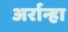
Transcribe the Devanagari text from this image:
अर्रान्हा